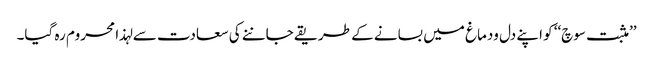
’’مثبت سوچ‘‘ کو اپنے دل ودماغ میں بسانے کے طریقے جاننے کی سعادت سے لہذا محروم رہ گیا۔